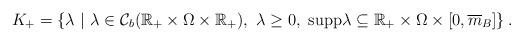
LaTeX: \begin{align*}K_+=\left\{ {\lambda \ | \ \lambda \in \mathcal{C}_b(\mathbb{R}_+\times \Omega \times \mathbb{R}_+), \ \lambda \ge 0,\ \mbox{supp} \lambda \subseteq \mathbb{R}_+ \times \Omega \times \left[{0,\overline m _B } \right] } \right\}.\end{align*}